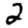
Digit: 2